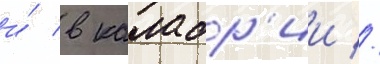
и́ в калабр'ии //